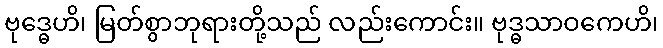
ဗုဒ္ဓေဟိ၊ မြတ်စွာဘုရားတို့သည် လည်းကောင်း။ ဗုဒ္ဓသာဝကေဟိ၊